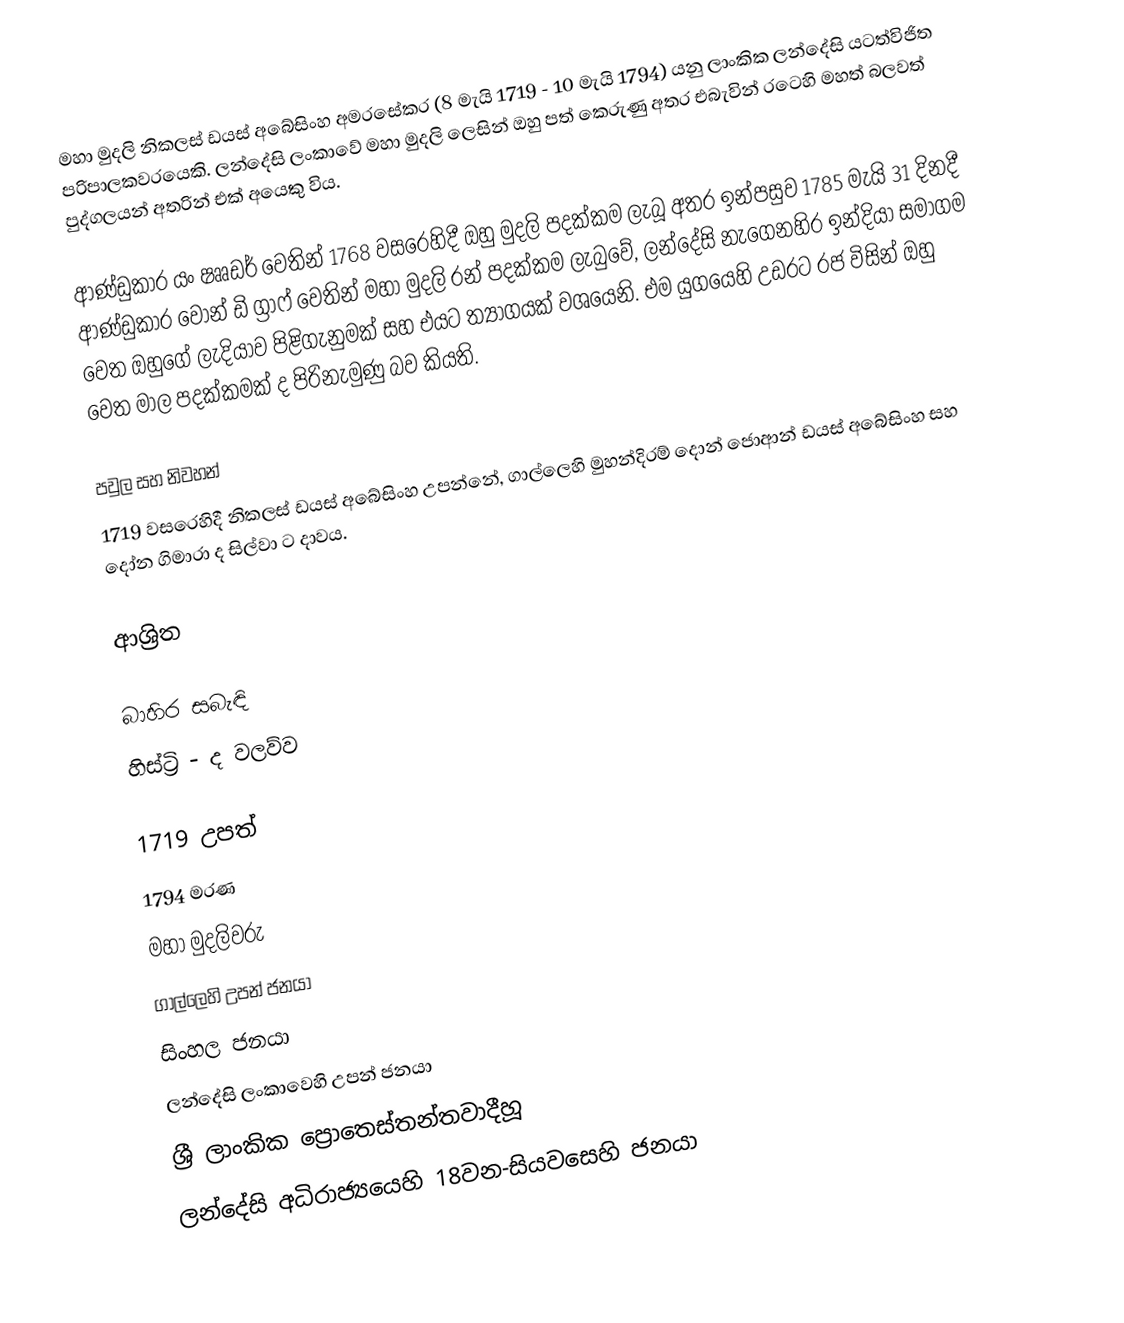
මහා මුදලි නිකලස් ඩයස් අබේසිංහ අමරසේකර  (8 මැයි 1719 - 10 මැයි 1794) යනු ලාංකික ලන්දේසි යටත්විජිත පරිපාලකවරයෙකි.  ලන්දේසි ලංකාවේ මහා මුදලි ලෙසින් ඔහු පත් කෙරුණු අතර එබැවින් රටෙහි මහත් බලවත් පුද්ගලයන් අතරින් එක් අයෙකු විය.

ආණ්ඩුකාර යං ෂෲඩර් වෙතින් 1768 වසරෙහිදී ඔහු මුදලි පදක්කම ලැබූ අතර ඉන්පසුව  1785 මැයි 31 දිනදී  ආණ්ඩුකාර වොන් ඩි ග්‍රාෆ් වෙතින් මහා මුදලි රන් පදක්කම ලැබුවේ,  ලන්දේසි නැගෙනහිර ඉන්දියා සමාගම වෙත ඔහුගේ ලැදියාව පිළිගැනුමක් සහ එයට ත්‍යාගයක් වශයෙනි. එම යුගයෙහි උඩරට රජ විසින් ඔහු වෙත  මාල පදක්කමක් ද පිරිනැමුණු බව කියති.

පවුල සහ නිවහන්
1719 වසරෙහිදී  නිකලස් ඩයස් අබේසිංහ උපන්නේ,   ගාල්ලෙහි මුහන්දිරම් දොන් ජොආන් ඩයස් අබේසිංහ සහ දෝන ගිමාරා ද සිල්වා ට දාවය.

ආශ්‍රිත

බාහිර සබැඳි
 හිස්ට්‍රි - ද වලව්ව

1719 උපත්
1794 මරණ
මහා මුදලිවරු
ගාල්ලෙහි උපන් ජනයා
සිංහල ජනයා
ලන්දේසි ලංකාවෙහි උපන් ජනයා
ශ්‍රී ලාංකික ප්‍රොතෙස්තන්තවාදීහූ
ලන්දේසි අධිරාජ්‍යයෙහි 18වන-සියවසෙහි ජනයා